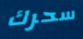
سحرك